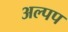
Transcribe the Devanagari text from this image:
अल्पप